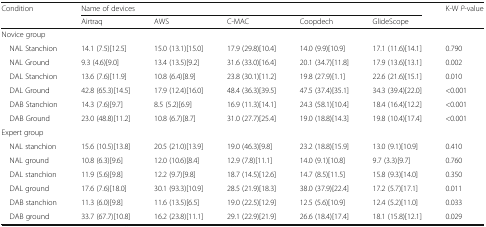
<table><thead><tr><td rowspan="2"><b>Condition</b></td><td colspan="5"><b>Name of devices</b></td><td rowspan="2"><b>K-W <i>P</i>-value</b></td></tr><tr><td><b>Airtraq</b></td><td><b>AWS</b></td><td><b>C-MAC</b></td><td><b>Coopdech</b></td><td><b>GlideScope</b></td></tr></thead><tbody><tr><td colspan="7">Novice group</td></tr><tr><td> NAL Stanchion</td><td>14.1 (7.5)[12.5]</td><td>15.0 (13.1)[15.0]</td><td>17.9 (29.8)[10.4]</td><td>14.0 (9.9)[10.9]</td><td>17.1 (11.6)[14.1]</td><td>0.790</td></tr><tr><td> NAL Ground</td><td>9.3 (4.6)[9.0]</td><td>13.4 (13.5)[9.2]</td><td>31.6 (33.0)[16.4]</td><td>20.1 (34.7)[11.8]</td><td>17.9 (13.6)[13.1]</td><td>0.002</td></tr><tr><td> DAL Stanchion</td><td>13.6 (7.6)[11.9]</td><td>10.8 (6.4)[8.9]</td><td>23.8 (30.1)[11.2]</td><td>19.8 (27.9)[1.1]</td><td>22.6 (21.6)[15.1]</td><td>0.010</td></tr><tr><td> DAL Ground</td><td>42.8 (65.3)[14.5]</td><td>17.9 (12.4)[16.0]</td><td>48.4 (36.3)[39.5]</td><td>47.5 (37.4)[35.1]</td><td>34.3 (39.4)[22.0]</td><td>&lt;0.001</td></tr><tr><td> DAB Stanchion</td><td>14.3 (7.6)[9.7]</td><td>8.5 (5.2)[6.9]</td><td>16.9 (11.3)[14.1]</td><td>24.3 (58.1)[10.4]</td><td>18.4 (16.4)[12.2]</td><td>&lt;0.001</td></tr><tr><td> DAB Ground</td><td>23.0 (48.8)[11.2]</td><td>10.8 (6.7)[8.7]</td><td>31.0 (27.7)[25.4]</td><td>19.0 (18.8)[14.3]</td><td>19.8 (10.4)[17.4]</td><td>&lt;0.001</td></tr><tr><td colspan="7">Expert group</td></tr><tr><td> NAL stanchion</td><td>15.6 (10.5)[13.8]</td><td>20.5 (21.0)[13.9]</td><td>19.0 (46.3)[9.8]</td><td>23.2 (18.8)[15.9]</td><td>13.0 (9.1)[10.9]</td><td>0.410</td></tr><tr><td> NAL ground</td><td>10.8 (6.3)[9.6]</td><td>12.0 (10.6)[8.4]</td><td>12.9 (7.8)[11.1]</td><td>14.0 (9.1)[10.8]</td><td>9.7 (3.3)[9.7]</td><td>0.760</td></tr><tr><td> DAL stanchion</td><td>11.9 (5.6)[9.8]</td><td>12.2 (9.7)[9.8]</td><td>18.7 (14.5)[12.6]</td><td>14.7 (8.5)[11.5]</td><td>15.8 (9.3)[14.0]</td><td>0.350</td></tr><tr><td> DAL ground</td><td>17.6 (7.6)[18.0]</td><td>30.1 (93.3)[10.9]</td><td>28.5 (21.9)[18.3]</td><td>38.0 (37.9)[22.4]</td><td>17.2 (5.7)[17.1]</td><td>0.011</td></tr><tr><td> DAB stanchion</td><td>11.3 (6.0)[9.8]</td><td>11.6 (13.5)[6.5]</td><td>19.0 (22.5)[12.9]</td><td>12.5 (5.6)[10.9]</td><td>12.4 (5.2)[11.0]</td><td>0.033</td></tr><tr><td> DAB ground</td><td>33.7 (67.7)[10.8]</td><td>16.2 (23.8)[11.1]</td><td>29.1 (22.9)[21.9]</td><td>26.6 (18.4)[17.4]</td><td>18.1 (15.8)[12.1]</td><td>0.029</td></tr></tbody></table>